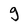
Character: g